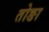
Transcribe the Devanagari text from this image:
तोङा